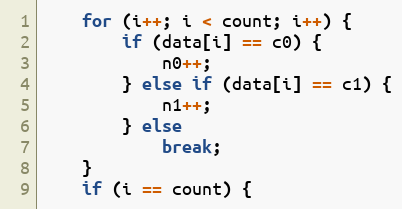
Language: C++
	for (i++; i < count; i++) {
		if (data[i] == c0) {
			n0++;
		} else if (data[i] == c1) {
			n1++;
		} else
			break;
	}
	if (i == count) {